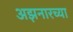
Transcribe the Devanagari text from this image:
अझनारच्या